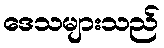
ဒေသများသည်